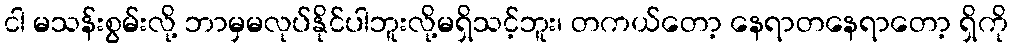
ငါ မသန်းစွမ်းလို့ ဘာမှမလုပ်နိုင်ပါဘူးလို့မရှိသင့်ဘူး၊ တကယ်တော့ နေရာတနေရာတော့ ရှိကို